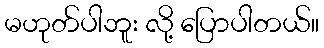
မဟုတ်ပါဘူး လို့ ပြောပါတယ်။